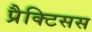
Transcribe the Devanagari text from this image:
प्रैक्टिसस